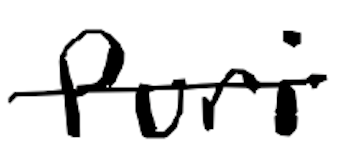
Text: Puri
Cross-out: single-line
Writing tool: digital_black